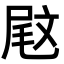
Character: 𡲈